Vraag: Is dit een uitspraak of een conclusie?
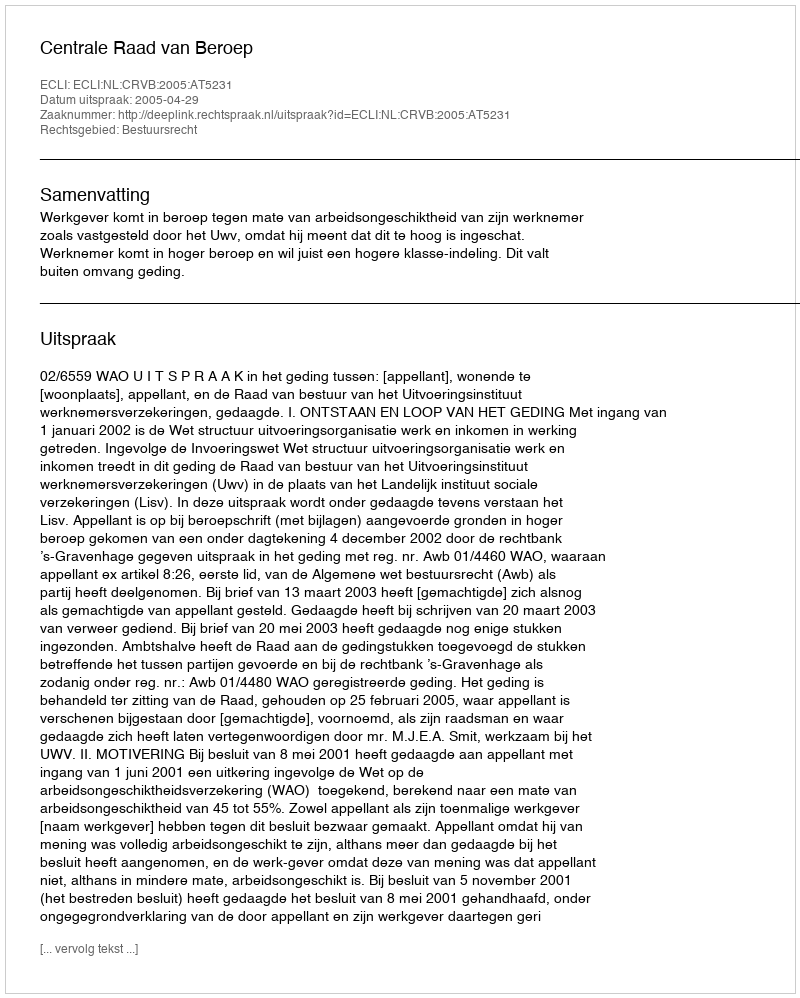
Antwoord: Uitspraak